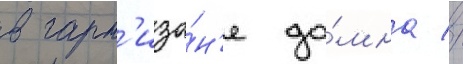
в гарн'изо́н'е до́мна //